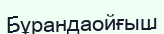
Бұрандаойғыш